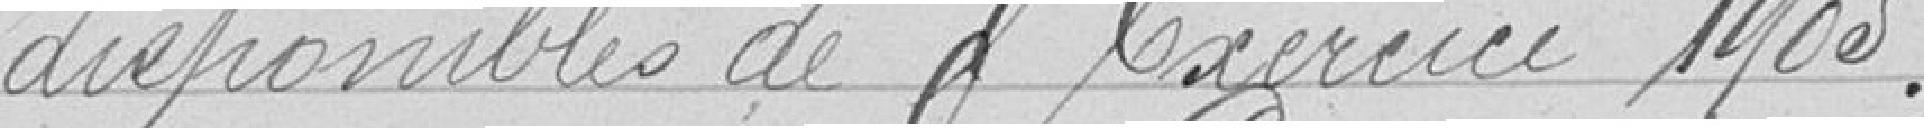
disponibles de l'année 1905.